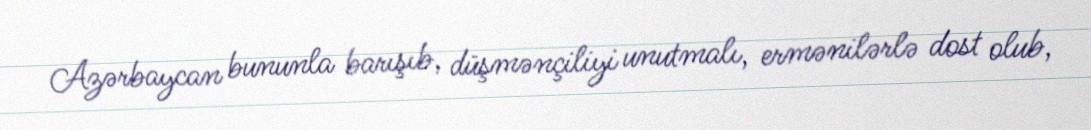
Azərbaycan bununla barışıb, düşmənçiliyi unutmalı, ermənilərlə dost olub,